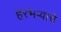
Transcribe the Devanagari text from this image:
हरभर्‍याचे